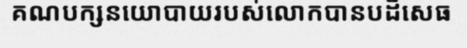
គណបក្សនយោបាយរបស់លោកបានបដិសេធ